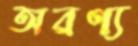
অরণ্য